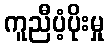
ကူညီပံ့ပိုးမှု